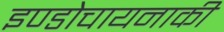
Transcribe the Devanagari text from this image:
इण्डोचायनाकी